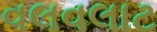
વલવલાટ